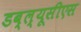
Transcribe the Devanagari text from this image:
डब्ल्यूसीएस